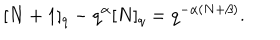
LaTeX: [ N + 1 ] _ { q } - q ^ { \alpha } [ N ] _ { q } = q ^ { - \alpha ( N + \beta ) } .